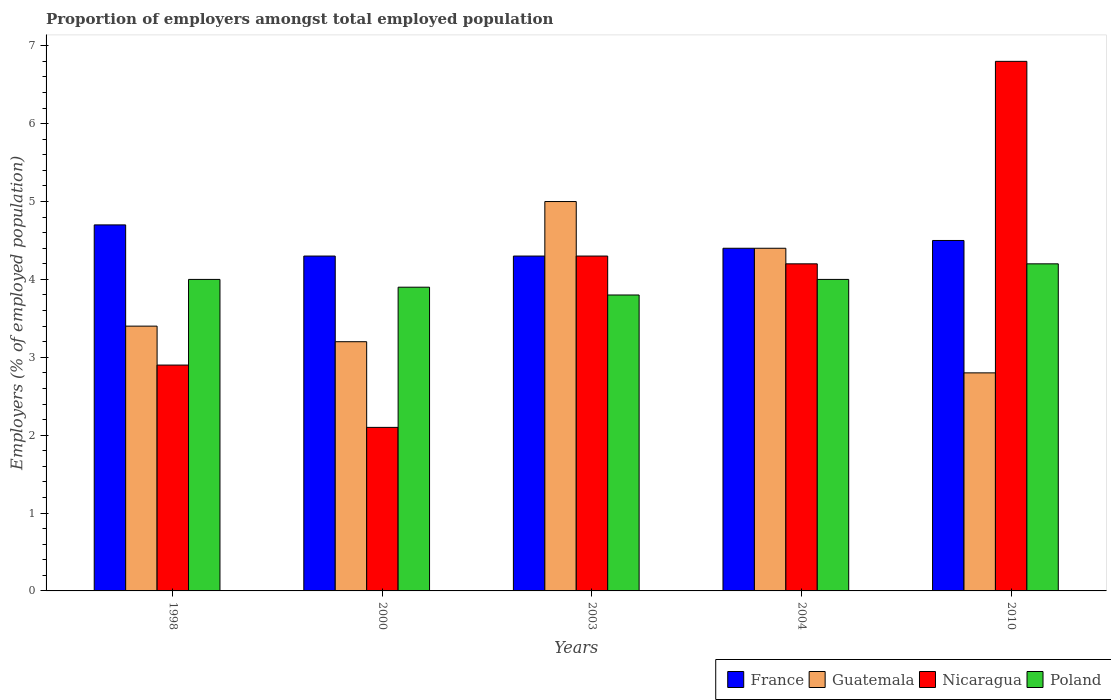
| Years | France | Guatemala | Nicaragua | Poland |
 | --- | --- | --- | --- | --- |
 | 1998 | 4.7 | 3.4 | 2.9 | 4 |
 | 2000 | 4.3 | 3.2 | 2.1 | 3.9 |
 | 2003 | 4.3 | 5 | 4.3 | 3.8 |
 | 2004 | 4.4 | 4.4 | 4.2 | 4 |
 | 2010 | 4.5 | 2.8 | 6.8 | 4.2 |